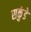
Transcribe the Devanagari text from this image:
सकुंडे